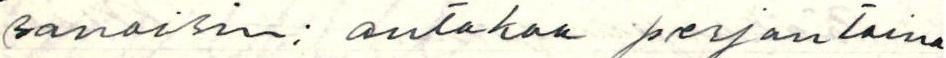
sanoisin: antakaa perjantaina